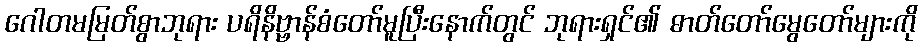
ဂေါတမမြတ်စွာဘုရား ပရိနိဗ္ဗာန်စံတော်မူပြီးနောက်တွင် ဘုရားရှင်၏ ဓာတ်တော်မွေတော်များကို